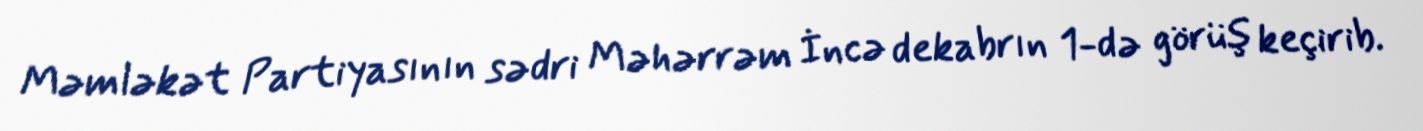
Məmləkət Partiyasının sədri Məhərrəm İncə dekabrın 1-də görüş keçirib.